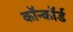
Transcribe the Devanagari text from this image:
कॉन्कॉर्ड